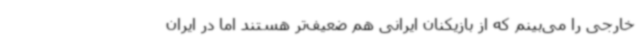
خارجی را می‌بینم که از بازیکنان ایرانی هم ضعیف‌تر هستند اما در ایران